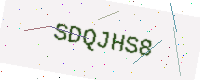
Text: SDQJHS8